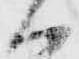
ハ